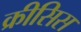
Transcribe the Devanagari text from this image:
क्रीसिस